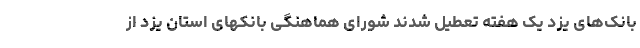
بانک‌های یزد یک هفته تعطیل شدند شورای هماهنگی بانکهای استان یزد از